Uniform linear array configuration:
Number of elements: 16
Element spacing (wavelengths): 1
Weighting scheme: exponential
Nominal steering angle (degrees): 0
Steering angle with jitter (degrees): -0.9061
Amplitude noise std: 0.05
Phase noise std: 0.05

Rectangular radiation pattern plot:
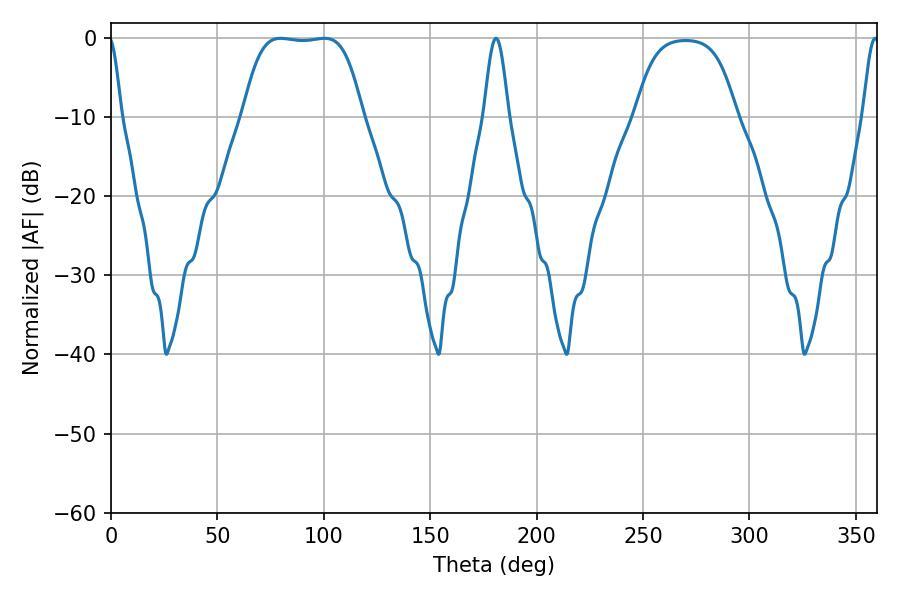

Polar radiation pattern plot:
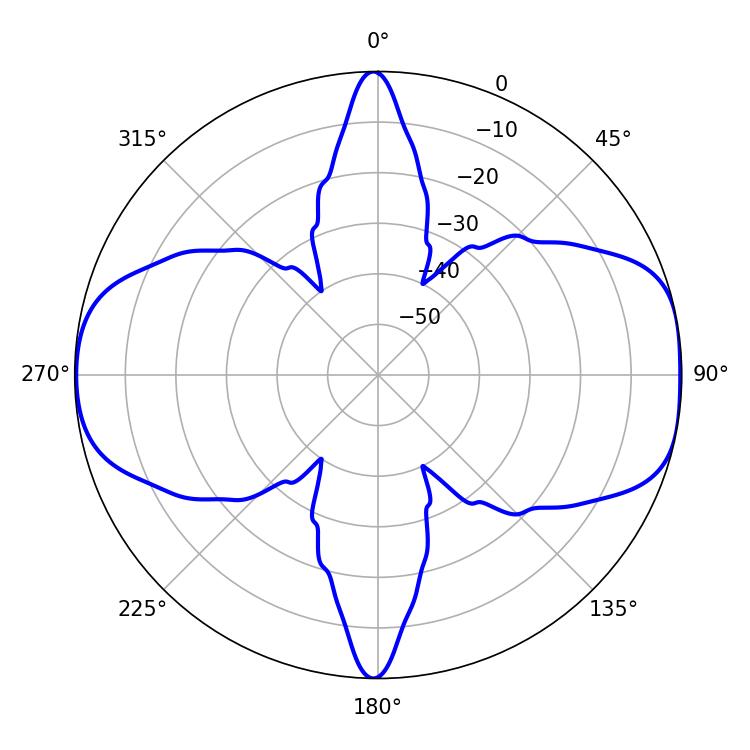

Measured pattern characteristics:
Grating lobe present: TRUE
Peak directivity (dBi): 10.006
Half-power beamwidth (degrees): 43.2
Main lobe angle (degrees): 79.74